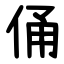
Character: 俑